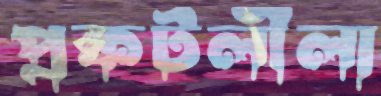
প্রকটলীলা